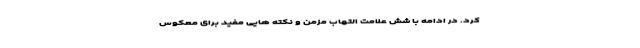
کرد. در ادامه با شش علامت التهاب مزمن و نکته هایی مفید برای معکوس